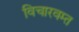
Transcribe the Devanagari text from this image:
विचारवम्त